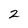
Character: 2